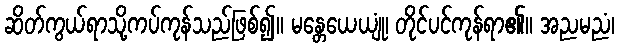
ဆိတ်ကွယ်ရာသို့ကပ်ကုန်သည်ဖြစ်၍။ မန္တေယေယျုံ၊ တိုင်ပင်ကုန်ရာ၏။ အညမညံ၊